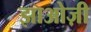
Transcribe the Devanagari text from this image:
झाओज़ी